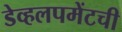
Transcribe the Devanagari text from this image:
डेव्हलपमेंटची